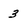
Character: 3